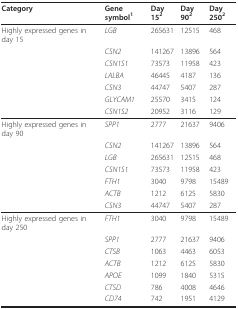
<table><thead><tr><td><b>Category</b></td><td><b>Gene symbol<sup>1</sup></b></td><td><b>Day 15<sup>2</sup></b></td><td><b>Day 90<sup>2</sup></b></td><td><b>Day 250<sup>2</sup></b></td></tr></thead><tbody><tr><td>Highly expressed genes in day 15</td><td><i>LGB</i></td><td>265631</td><td>12515</td><td>468</td></tr><tr><td></td><td><i>CSN2</i></td><td>141267</td><td>13896</td><td>564</td></tr><tr><td></td><td><i>CSN1S1</i></td><td>73573</td><td>11958</td><td>423</td></tr><tr><td></td><td><i>LALBA</i></td><td>46445</td><td>4187</td><td>136</td></tr><tr><td></td><td><i>CSN3</i></td><td>44747</td><td>5407</td><td>287</td></tr><tr><td></td><td><i>GLYCAM1</i></td><td>25570</td><td>3415</td><td>124</td></tr><tr><td></td><td><i>CSN1S2</i></td><td>20952</td><td>3116</td><td>129</td></tr><tr><td>Highly expressed genes in day 90</td><td><i>SPP1</i></td><td>2777</td><td>21637</td><td>9406</td></tr><tr><td></td><td><i>CSN2</i></td><td>141267</td><td>13896</td><td>564</td></tr><tr><td></td><td><i>LGB</i></td><td>265631</td><td>12515</td><td>468</td></tr><tr><td></td><td><i>CSN1S1</i></td><td>73573</td><td>11958</td><td>423</td></tr><tr><td></td><td><i>FTH1</i></td><td>3040</td><td>9798</td><td>15489</td></tr><tr><td></td><td><i>ACTB</i></td><td>1212</td><td>6125</td><td>5830</td></tr><tr><td></td><td><i>CSN3</i></td><td>44747</td><td>5407</td><td>287</td></tr><tr><td>Highly expressed genes in day 250</td><td><i>FTH1</i></td><td>3040</td><td>9798</td><td>15489</td></tr><tr><td></td><td><i>SPP1</i></td><td>2777</td><td>21637</td><td>9406</td></tr><tr><td></td><td><i>CTSB</i></td><td>1063</td><td>4463</td><td>6053</td></tr><tr><td></td><td><i>ACTB</i></td><td>1212</td><td>6125</td><td>5830</td></tr><tr><td></td><td><i>APOE</i></td><td>1099</td><td>1840</td><td>5315</td></tr><tr><td></td><td><i>CTSD</i></td><td>786</td><td>4008</td><td>4646</td></tr><tr><td></td><td><i>CD74</i></td><td>742</td><td>1951</td><td>4129</td></tr></tbody></table>